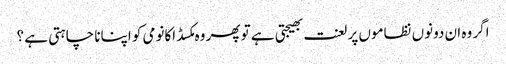
اگر وہ ان دونوں نظاموں پر لعنت بھیجتی ہے تو پھر وہ مکسڈ اکانومی کو اپنانا چاہتی ہے ؟